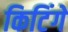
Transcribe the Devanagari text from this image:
किटिंगे